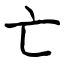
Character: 亡